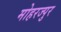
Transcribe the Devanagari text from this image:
मोहरज्पुर